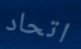
اتحاد